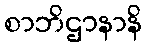
စာဘိဌာနာနိ